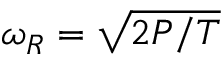
\omega _ { R } = \sqrt { 2 P / T }